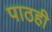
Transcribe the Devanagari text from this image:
पाठही